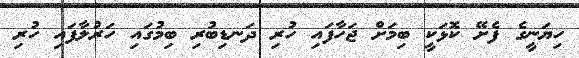
ހިޔަނީގެ ފެށޭ ކޮޅަކީ ބިމަށް ޖަހާފައި ހުރި ދަނޑިބުރި ބިމުގައި ހަރުލާފައި ހުރި